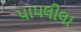
પાપલીલા